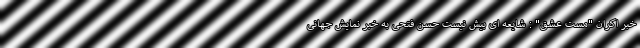
خبر اکران "مست عشق" : شایعه ای بیش نیست حسن فتحی به خبر نمایش جهانی